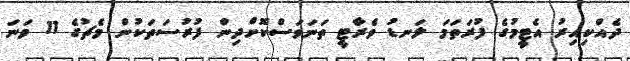
ދެއްކިއިރު އެޓީމުގެ ފުރަތަމަ ލަނޑު ވެރާޓީ ތަނަވަސްކޮށްދިން ފުރުސަތަކުން މެޗުގެ 11 ވަނަ